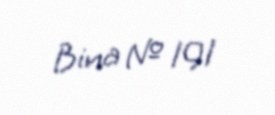
Bina № 191